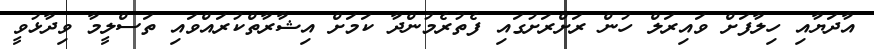
އާދަޔާއި ހިލާފަށް ވައިރަލް ހުން ރަށްރަށުގައި ފެތުރެމުންދާ ކަމަށް އިޝާރާތްކުރައްވައި ތަސްލީމާ ވިދާޅުވީ